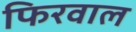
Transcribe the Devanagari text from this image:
फिरवाल